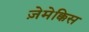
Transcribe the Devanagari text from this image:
ज़ेमेक्किस